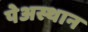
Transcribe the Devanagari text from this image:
पेअस्थान